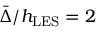
\bar { \Delta } / h _ { \mathrm { L E S } } = 2